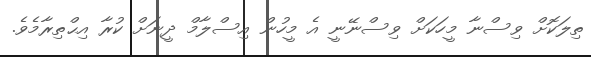
ތިލަކޮށް ވިސްނާ މީހަކަށް ވިސްނޭނީ އެ މީހުން އިސްލާމް ދީނަށް ކުރާ އިޙްތިރާމެވެ.